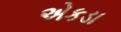
એકડા